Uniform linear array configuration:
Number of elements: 16
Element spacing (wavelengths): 1
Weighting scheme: kaiser
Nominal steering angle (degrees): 30
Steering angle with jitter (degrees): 28.352
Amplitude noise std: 0.05
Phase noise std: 0.05

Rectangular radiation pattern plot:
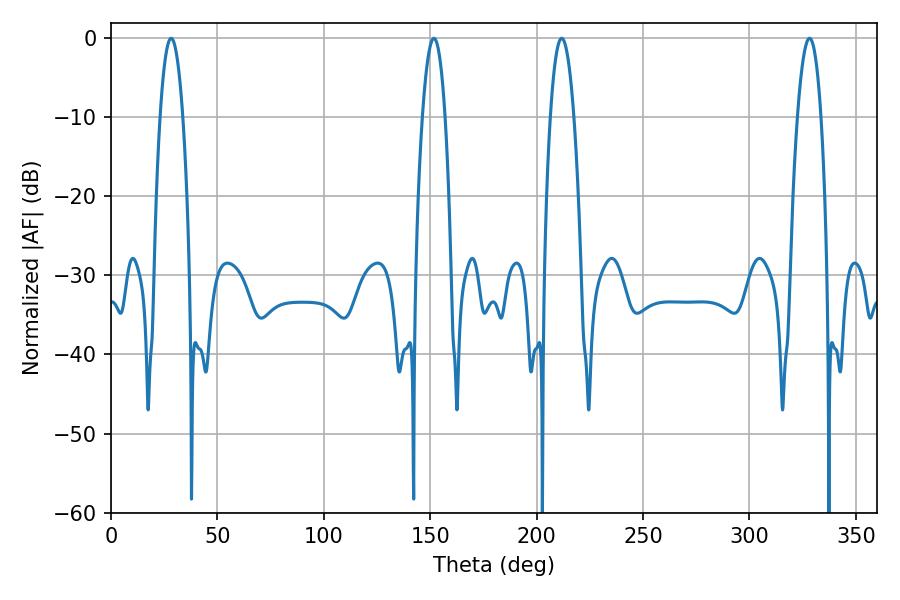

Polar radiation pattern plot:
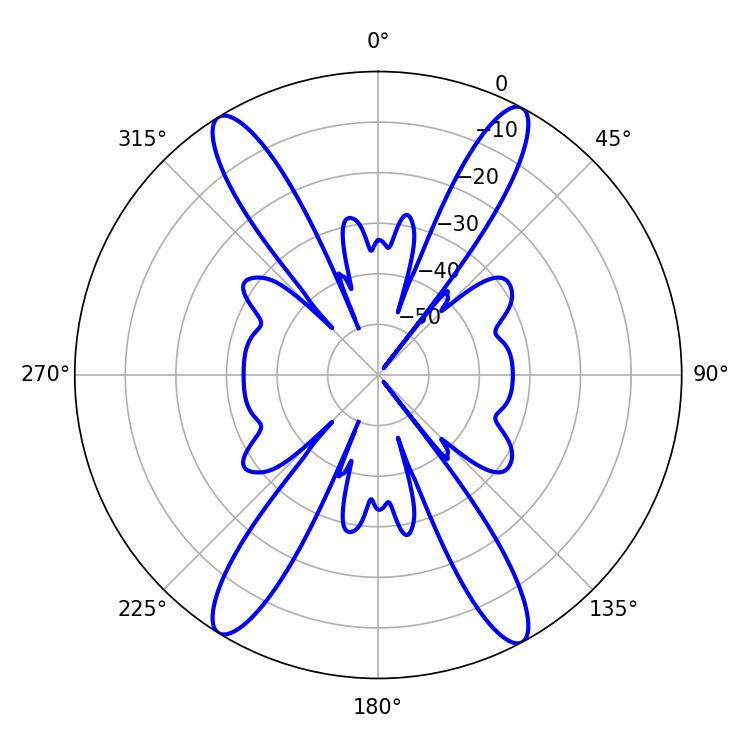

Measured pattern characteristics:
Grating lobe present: TRUE
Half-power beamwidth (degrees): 5.94
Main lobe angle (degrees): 151.74